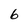
Character: 6